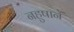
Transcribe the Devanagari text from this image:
नहुषानें